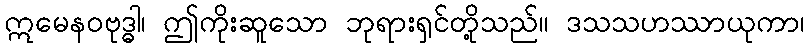
ဣမေနဝဗုဒ္ဓါ၊ ဤကိုးဆူသော ဘုရားရှင်တို့သည်။ ဒသသဟဿာယုကာ၊